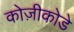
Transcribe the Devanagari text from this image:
कोज़ीकोडे